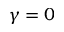
\gamma = 0